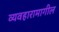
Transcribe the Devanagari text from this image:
व्यवहारामागील